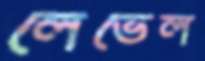
লেভেল